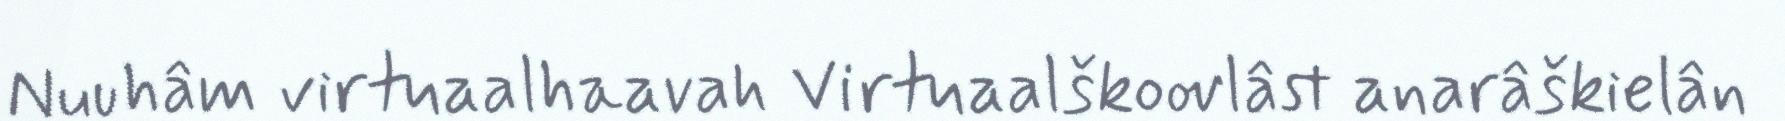
Nuuhâm virtuaalhaavah Virtuaalškoovlâst anarâškielân